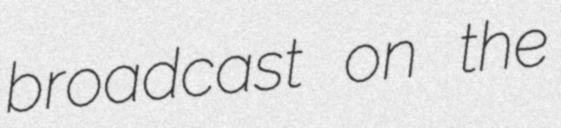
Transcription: broadcast on the